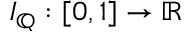
I _ { \mathbb { Q } } : [ 0 , 1 ] \to \mathbb { R }